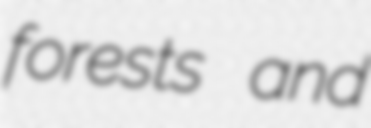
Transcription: forests and